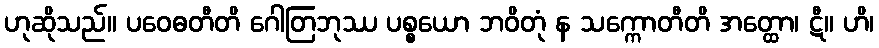
ဟုဆိုသည်။ ပဝေဓတီတိ ဂေါတြဘုဿ ပစ္စယော ဘဝိတုံ န သက္ကောတီတိ အတ္ထော၊ ဋီ။ ဟိ၊